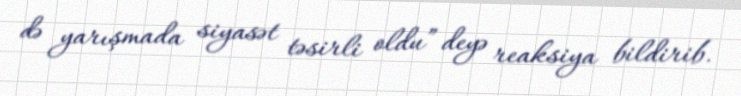
də yarışmada siyasət təsirli oldu” deyə reaksiya bildirib.